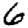
Digit: 6